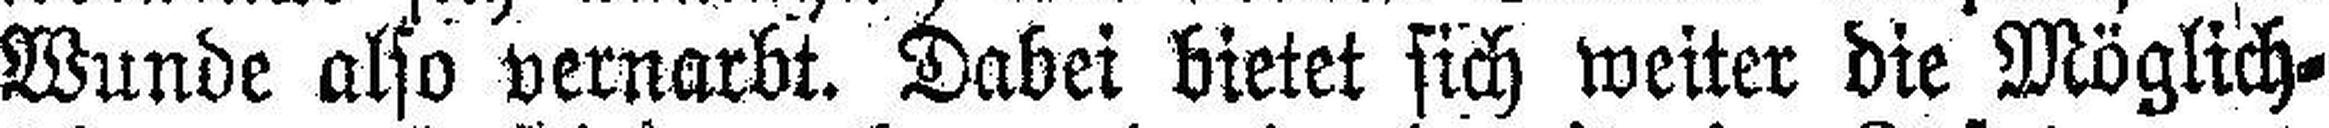
Wunde also vernarbt. Dabei bietet sich weiter die Möglich¬